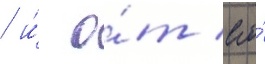
/ и́ о́т его́